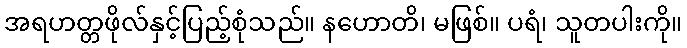
အရဟတ္တဖိုလ်နှင့်ပြည့်စုံသည်။ နဟောတိ၊ မဖြစ်။ ပရံ၊ သူတပါးကို။